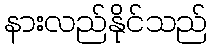
နားလည်နိုင်သည်